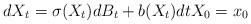
LaTeX: \begin{align*}dX_t = \sigma(X_t) dB_t + b(X_t) dt X_0 = x_0\end{align*}